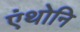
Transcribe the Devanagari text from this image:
एंथोनि